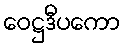
ဝေဋ္ဌဒီပကော